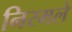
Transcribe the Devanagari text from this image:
निरमले